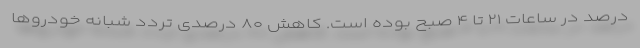
درصد در ساعات ۲۱ تا ۴ صبح بوده است. کاهش ۸۰ درصدی تردد شبانه خودروها